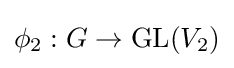
\phi _{2}:G\rightarrow \mathrm {GL} (V_{2})